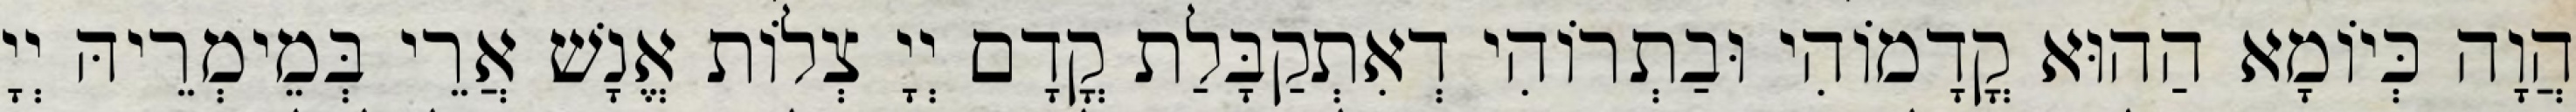
הֲוָה כְּיוֹמָא הַהוּא קֳדָמוֹהִי וּבַתְרוֹהִי דְאִתְקַבָּלַת קֳדָם יְיָ צְלוֹת אֱנָשׁ אֲרֵי בְּמֵימְרֵיהּ יְיָ